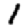
Digit: 1